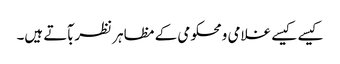
کیسے کیسے غلامی ومحکومی کے مظاہر نظربآتے ہیں۔